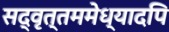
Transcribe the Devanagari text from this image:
सद्‌वृत्तममेध्यादपि